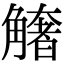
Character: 𧤺